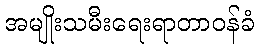
အမျိုးသမီးရေးရာတာဝန်ခံ